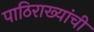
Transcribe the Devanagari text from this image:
पाठिराख्यांची